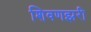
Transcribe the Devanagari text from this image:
शिवणझरी